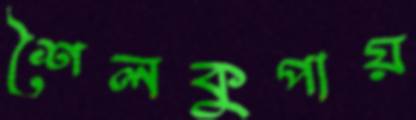
শৈলকুপায়